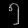
Digit: ၅